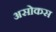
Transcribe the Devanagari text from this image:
असोकस